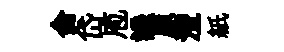
侖岱庖譏原灃紙